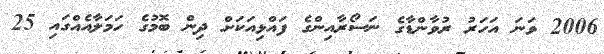
2006 ވަނަ އަހަރު ރުވާންޑާގެ ނަސޯރާއިންގެ ފައްޅިއަކަށް ދިން ބޮމުގެ ހަމަލާއެއްގައި 25